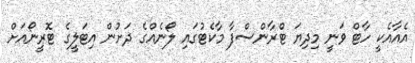
އެއާއެކީ ހާޓް ވަނީ މިދިޔަ ޓްރާންސްފާ މާކެޓުގައި ލޯނެއްގެ ދަށުން އިޓަލީގެ ޓޮރީނޯއަށް